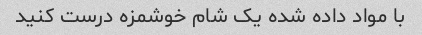
با مواد داده شده یک شام خوشمزه درست کنید